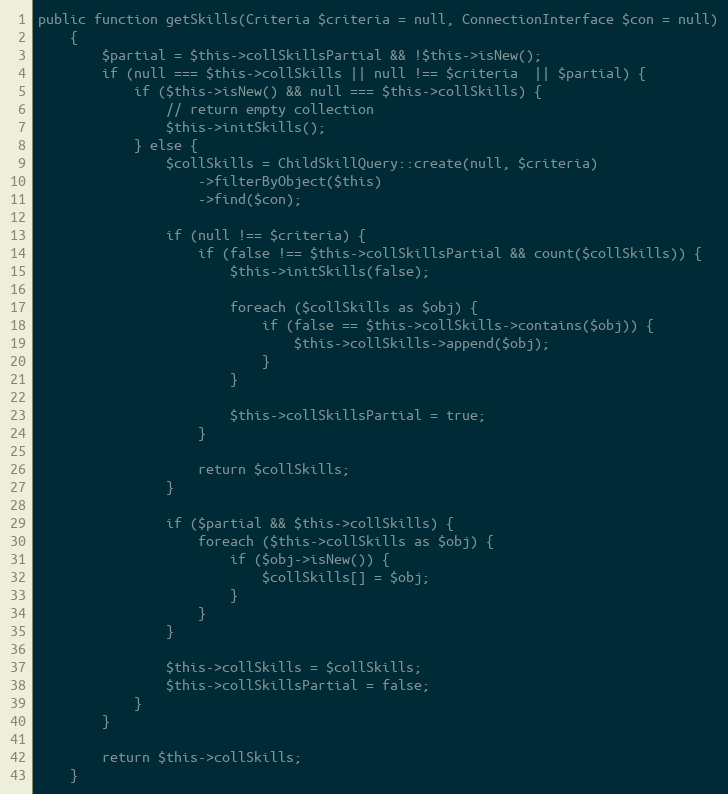
Language: PHP
public function getSkills(Criteria $criteria = null, ConnectionInterface $con = null)
    {
        $partial = $this->collSkillsPartial && !$this->isNew();
        if (null === $this->collSkills || null !== $criteria  || $partial) {
            if ($this->isNew() && null === $this->collSkills) {
                // return empty collection
                $this->initSkills();
            } else {
                $collSkills = ChildSkillQuery::create(null, $criteria)
                    ->filterByObject($this)
                    ->find($con);

                if (null !== $criteria) {
                    if (false !== $this->collSkillsPartial && count($collSkills)) {
                        $this->initSkills(false);

                        foreach ($collSkills as $obj) {
                            if (false == $this->collSkills->contains($obj)) {
                                $this->collSkills->append($obj);
                            }
                        }

                        $this->collSkillsPartial = true;
                    }

                    return $collSkills;
                }

                if ($partial && $this->collSkills) {
                    foreach ($this->collSkills as $obj) {
                        if ($obj->isNew()) {
                            $collSkills[] = $obj;
                        }
                    }
                }

                $this->collSkills = $collSkills;
                $this->collSkillsPartial = false;
            }
        }

        return $this->collSkills;
    }